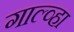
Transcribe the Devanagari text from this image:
गाल्व्हा